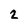
Character: 2